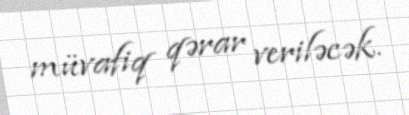
müvafiq qərar veriləcək.